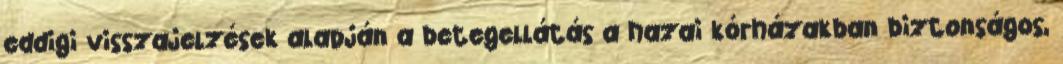
eddigi visszajelzések alapján a betegellátás a hazai kórházakban biztonságos,